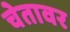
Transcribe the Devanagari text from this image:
चेतावर